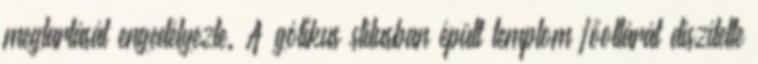
megtartását engedélyezte. A gótikus stílusban épült templom főoltárát díszítette